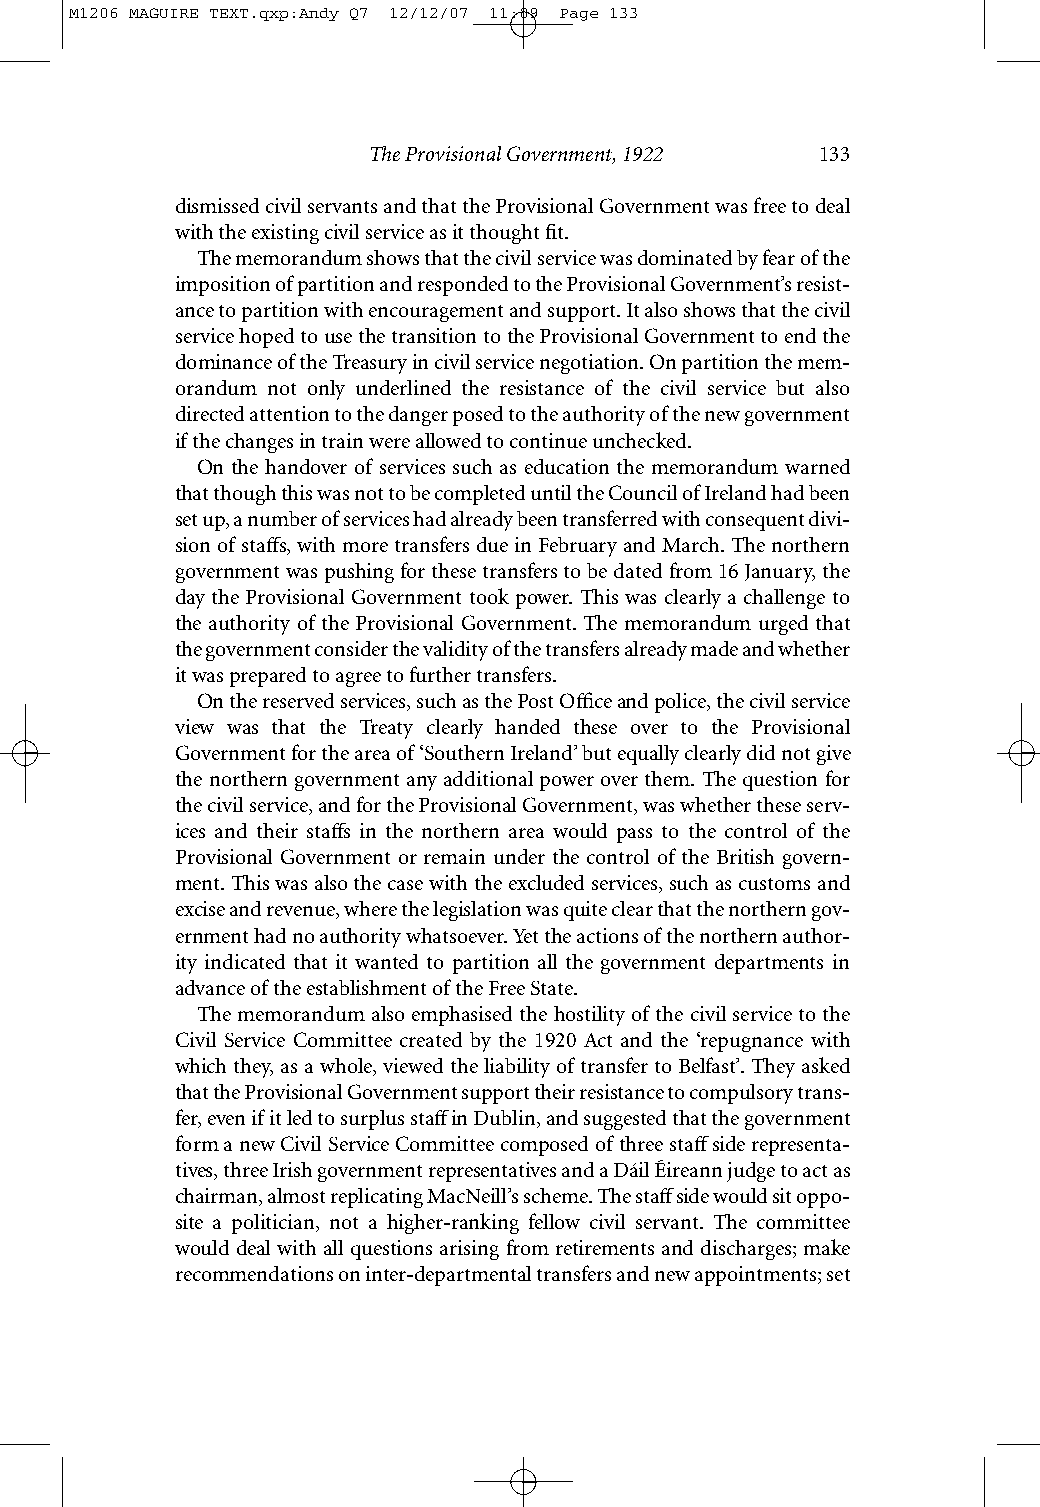
M1206 MAGUIRE TEXT.qxp:Andy Q7 12/12/07 11:09 Page 133
 The Provisional Government, 1922 133
 dismissed civil servants and that the Provisional Government was free to deal
 with the existing civil service as it thought fit.
 The memorandum shows that the civil service was dominated by fear of the
 imposition of partition and responded to the Provisional Government’s resist-
 ance to partition with encouragement and support. It also shows that the civil
 service hoped to use the transition to the Provisional Government to end the
 dominance of the Treasury in civil service negotiation. On partition the mem-
 orandum not only underlined the resistance of the civil service but also
 directed attention to the danger posed to the authority of the new government
 if the changes in train were allowed to continue unchecked.
 On the handover of services such as education the memorandum warned
 that though this was not to be completed until the Council of Ireland had been
 set up, a number of services had already been transferred with consequent divi-
 sion of staffs, with more transfers due in February and March. The northern
 government was pushing for these transfers to be dated from 16 January, the
 day the Provisional Government took power. This was clearly a challenge to
 the authority of the Provisional Government. The memorandum urged that
 thegovernment consider the validity of the transfers already made and whether
 it was prepared to agree to further transfers.
 On the reserved services, such as the Post Office and police, the civil service
 view was that the Treaty clearly handed these over to the Provisional
 Government for the area of ‘Southern Ireland’ but equally clearly did not give
 the northern government any additional power over them. The question for
 the civil service, and for the Provisional Government, was whether these serv-
 ices and their staffs in the northern area would pass to the control of the
 Provisional Government or remain under the control of the British govern-
 ment. This was also the case with the excluded services, such as customs and
 excise and revenue, where the legislation was quite clear that the northern gov-
 ernment had no authority whatsoever. Yet the actions of the northern author-
 ity indicated that it wanted to partition all the government departments in
 advance of the establishment of the Free State.
 The memorandum also emphasised the hostility of the civil service to the
 Civil Service Committee created by the 1920 Act and the ‘repugnance with
 which they, as a whole, viewed the liability of transfer to Belfast’. They asked
 that the Provisional Government support their resistance to compulsory trans-
 fer, even if it led to surplus staffin Dublin, and suggested that the government
 form a new Civil Service Committee composed of three staffside representa-
 tives, three Irish government representatives and a Dáil Éireann judge to act as
 chairman, almost replicating MacNeill’s scheme. The staffside would sit oppo-
 site a politician, not a higher-ranking fellow civil servant. The committee
 would deal with all questions arising from retirements and discharges; make
 recommendations on inter-departmental transfers and new appointments; set